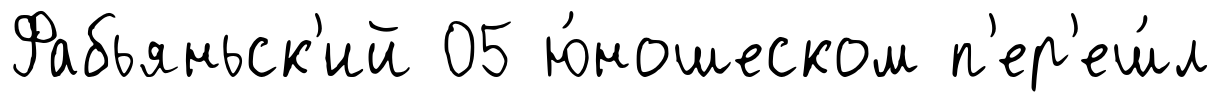
Фабьяньск'ий 05 ю́ношеском п'ер'еш́л